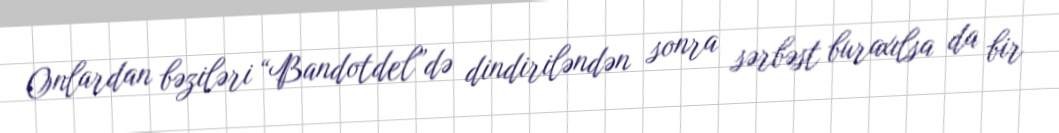
Onlardan bəziləri “Bandotdel”də dindiriləndən sonra sərbəst buraxılsa da bir